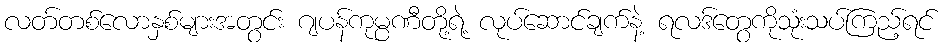
လတ်တစ်လောနှစ်များအတွင်း ဂျပန်ကုမ္ပဏီတို့ရဲ့ လုပ်ဆောင်ချက်နဲ့ ရလဒ်တွေကိုသုံးသပ်ကြည့်ရင်